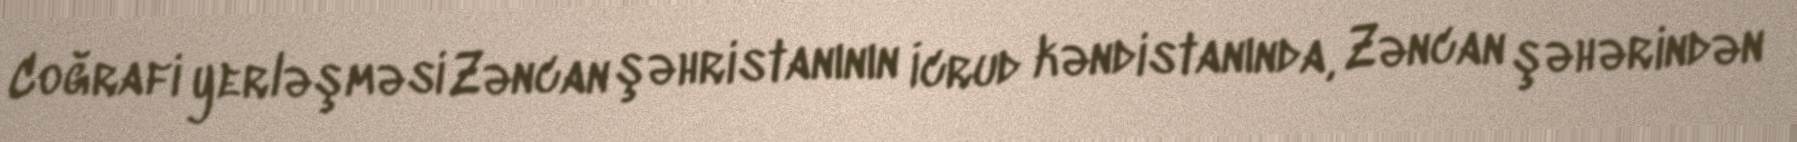
Coğrafi yerləşməsi Zəncan şəhristanının İcrud kəndistanında, Zəncan şəhərindən